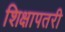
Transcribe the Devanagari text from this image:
शिक्षापतरी